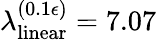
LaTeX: \lambda_{\mathrm{linear}}^{(0.1\epsilon)}=7.07